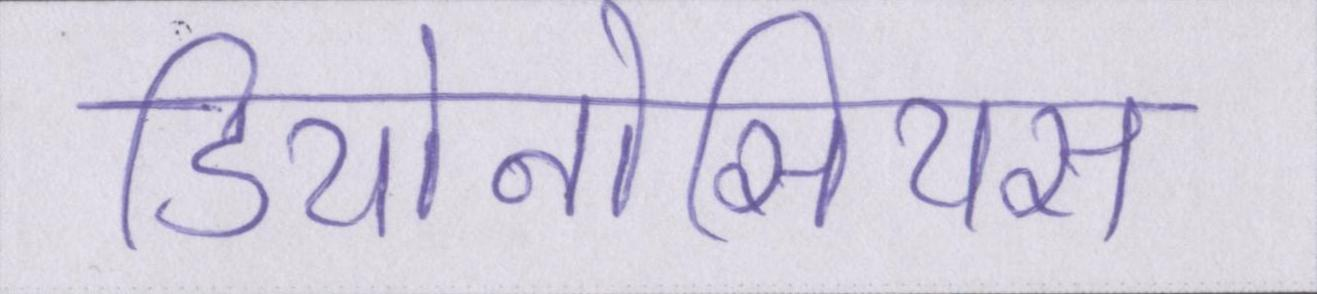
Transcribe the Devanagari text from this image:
डियोनोसियस